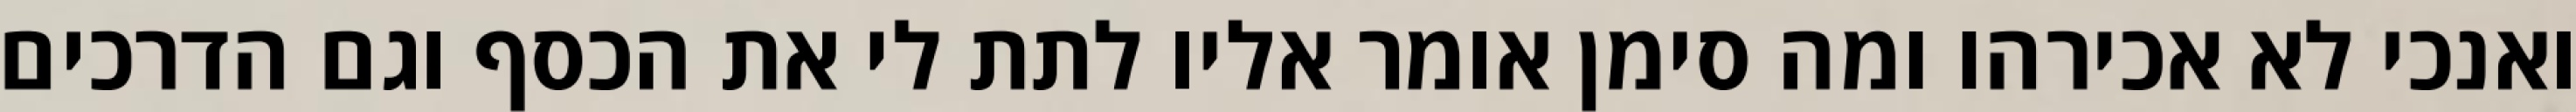
ואנכי לא אכירהו ומה סימן אומר אליו לתת לי את הכסף וגם הדרכים